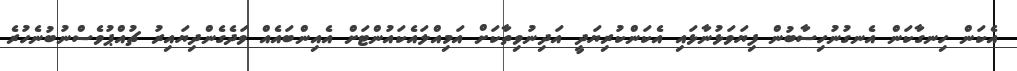
އެކަން ހިނގާކަން އެނގުނުހިސާބުން ފިޔަވަޅުނާޅައި އެކަންކުރިޔަދީ އަދިނުވިތާކަށް އަމިއްލައެކައުންޓަށް އެއިންބައެއް ވަދެގެންދިޔައިރު ޗުއްޕުވެސްނުބުނެހުރެ